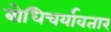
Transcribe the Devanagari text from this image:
बोधिचर्यावतार